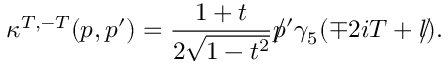
\kappa ^ { T , - T } ( p , p ^ { \prime } ) = \frac { 1 + t } { 2 \sqrt { 1 - t ^ { 2 } } } \rlap / p ^ { \prime } \gamma _ { 5 } ( \mp 2 i T + \rlap / l ) .